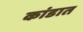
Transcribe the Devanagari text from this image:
कांडात